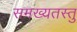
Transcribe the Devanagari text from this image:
समख्यतस्तु